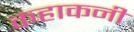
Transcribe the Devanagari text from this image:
कहाकनी